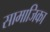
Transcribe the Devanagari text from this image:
सामाजिका